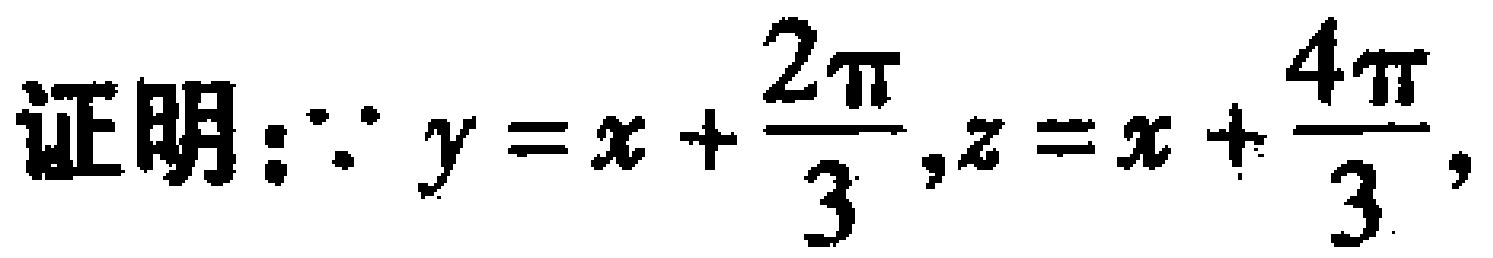
证明：\(\because y = x + \frac{2\pi}{3},z = x + \frac{4\pi}{3},\)